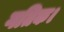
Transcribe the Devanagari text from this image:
गतिक।